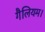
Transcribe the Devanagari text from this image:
गैलियम।